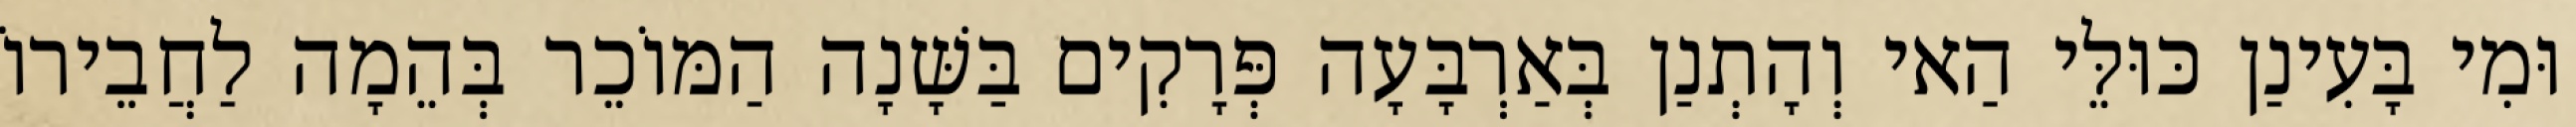
וּמִי בָּעִינַן כּוּלֵּי הַאי וְהָתְנַן בְּאַרְבָּעָה פְּרָקִים בַּשָּׁנָה הַמּוֹכֵר בְּהֵמָה לַחֲבֵירוֹ